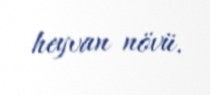
heyvan növü.